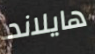
هايلاند